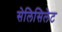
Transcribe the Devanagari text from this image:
सेलिसिलेट